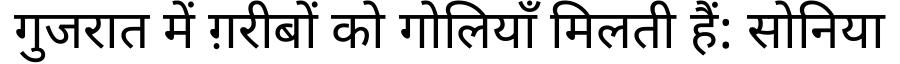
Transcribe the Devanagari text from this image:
गुजरात में ग़रीबों को गोलियाँ मिलती हैं: सोनिया